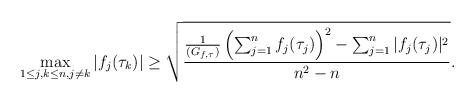
LaTeX: \begin{align*}\max _{1\leq j,k \leq n, j\neq k}|f_j(\tau_k)|\geq \sqrt{\frac{\frac{1}{(G_{f,\tau})}\left(\sum_{j=1}^nf_j(\tau_j)\right)^2-\sum_{j=1}^n|f_j(\tau_j)|^2}{n^2-n}}.\end{align*}